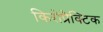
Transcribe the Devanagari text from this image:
किरोप्रैक्टिक